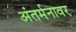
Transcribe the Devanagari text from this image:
अंतर्मनावर